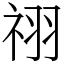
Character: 祤